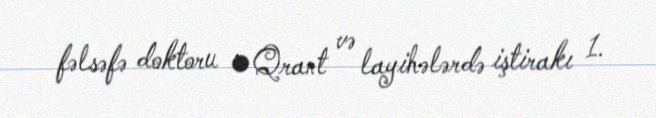
fəlsəfə doktoru •Qrant və layihələrdə iştirakı 1.